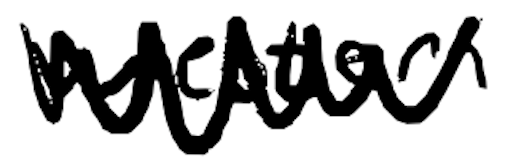
Text: Western
Cross-out: zig-zag
Writing tool: digital_black